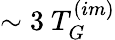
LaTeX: \sim 3~T_{G}^{(im)}